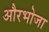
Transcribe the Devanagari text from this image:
औरभोजा